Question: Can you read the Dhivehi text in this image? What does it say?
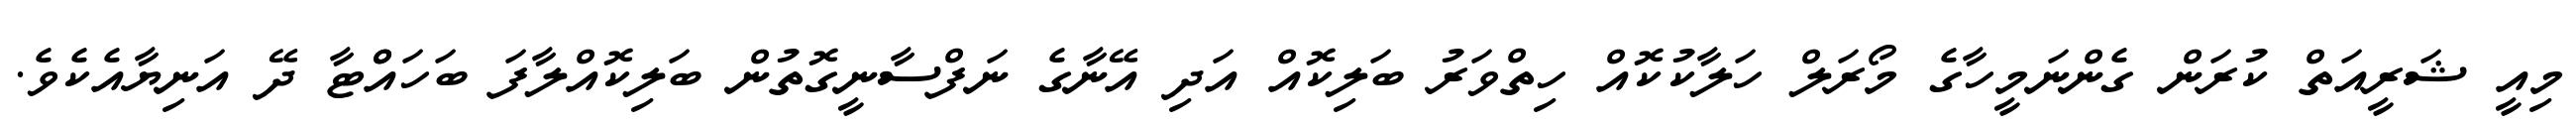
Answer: މިއީ ޝަރީއަތް ކުރަން ގެންނަމީހާގެ މޯރަލް ހަލާކުކޮއް ހިތްވަރު ބަލިކޮއް އަދި އޭނާގެ ނަފްސާނީގޮތުން ބަލިކޮއްލާފަ ބަހައްްޓާ ދޭ އަނިޔާއެކެވެ.